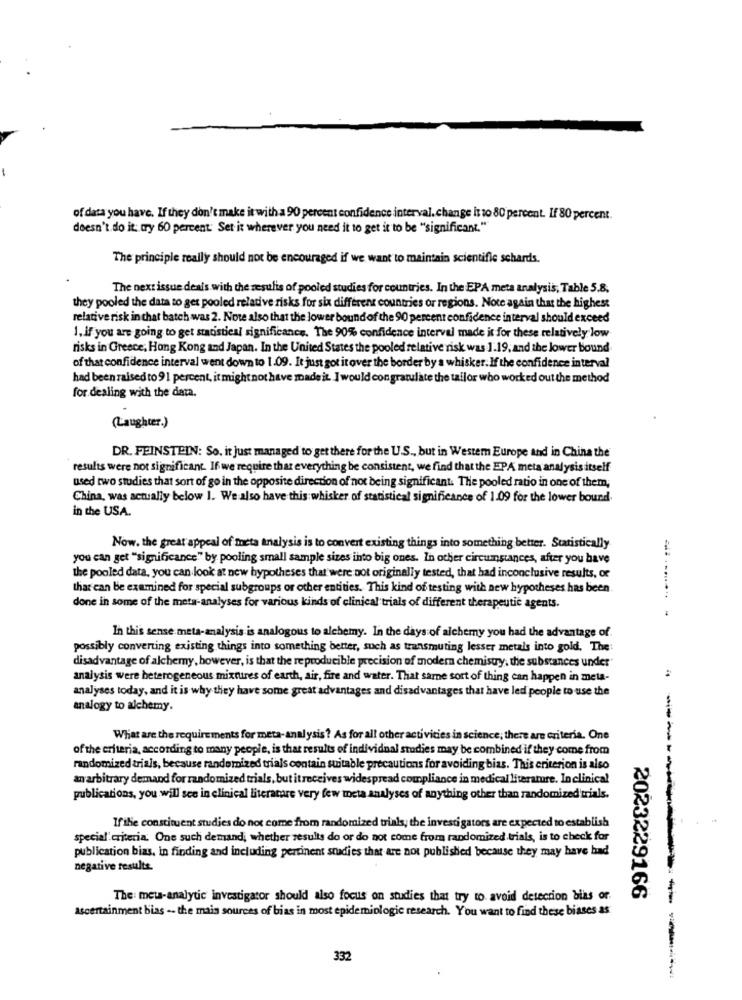
of data you have. If they don't make it with a 90 percent confidence interval. change it to 80 percent. If 80 percent.
doesn't do it: try 60 percent. Set it wherever you need it to get it to be "significant."
The principle really should not be encouraged if we want to maintain scientific schards.
The next issue deals with the zesulis of pooled studies for countries. In the EPA meta analysis, Table 5.8,
they pooled the data to get pooled relative risks for six different countries or regions. Note again that the highest
relative risk in chat batch was 2. Note also that the lower bound of the 90 percent confidence interval should exceed
1. if you are going to get statistical significance. The 90% confidence interval made it for these relatively low
risks in Greece, Hong Kong and Japan. In the United States the pooled relative risk was 1.19; and the lower bound
of that confidence interval went down to 1.09. It just got it over the border by a whisker. If the confidence interval
had been raised to 91 percent, it might not have made it. I would congratulate the tailor who worked out the method
for dealing with the data.
(Laughter.)
DR. FEINSTEIN: So. it just managed to get there for the U.S ., but in Westem Europe and in China the
results were not significant. If we require that everything be consistent, we find that the EPPA meta analysis itself
used two studies that sort of go in the opposite direction of not being significant. The pooled ratio in one of them,
China, was actually below 1. We also have this whisker of statistical significance of 1.09 for the lower bound
in the USA.
Now. the great appeal of meta analysis is to convert existing things into something better. Statistically
you can get "significance" by pooling small sample sizes into big ones. In other circumstances, after you have
the pooled data, you can look at new hypotheses that were not originally tested, that had inconclusive results, or
that can be examined for special subgroups or other entities. This kind of testing with new hypotheses has been
done in some of the meta-analyses for various kinds of clinical trials of different therapeutic agents.
In this sense meta-analysis is analogous to alchemy. In the days of alchemy you had the advantage of
possibly converting existing things into something better, such as transmuting lesser metals into gold. The:
disadvantage of alchemy, however, is that the reproducible precision of modern chemistry, the substances under"
:
analysis were heterogeneous mixtures of earth, air, fire and water. That same sort of thing can happen in meta-
analyses today, and it is why they have some great advantages and disadvantages that have led people to use the
analogy to alchemy.
What are the requirements for meta-analysis? As for all other activities in science; there are criteria. One
of the criteria, according to many people, is that results of individual studies may be combined if they come from
randomized trials, because randomized trials contain suitable precautions for avoiding bias. This criterion is also
an arbitrary demand for randomized trials, but it receives widespread compliance in medical literature. In clinical
publications, you will see in clinical literatare very few meta analyses of anything other than randomized'trials.
Ifile constituent studies do not come from randomized trials, the investigators are expected to establish
special criteria. One such demand; whether results do or do not come from randomized trials, is to check for
publication bias, in finding and including pertinent studies that are not published because they may have had
negative results.
The: meu-analytic investigator should also focus on studies that try to avoid detection bias or.
2023229166
ascertainment bias -- the main sources of bias in most epidemiologic research. You want to find these biases as
332
----